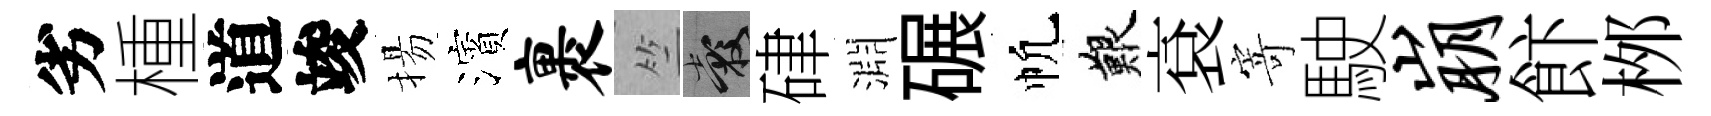
劣㮔道竣揚濱裹竺穀硉淵碾帆艱袞寄駛崩飰桞